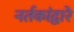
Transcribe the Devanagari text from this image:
नर्तकांद्वारे